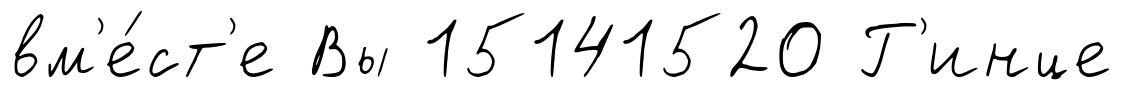
вм'е́ст'е Вы 15141520 Г'инце